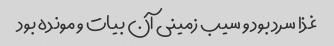
غذا سرد بود و سیب زمینی آن بیات و مونده بود